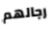
رجالهم